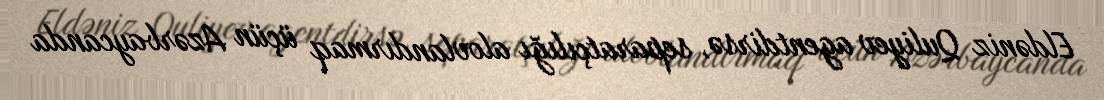
Eldəniz Quliyev agentdirsə, separatçılığı alovlandırmaq üçün Azərbaycanda